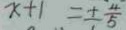
x + 1 = \pm \frac { 4 } { 5 }